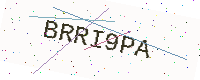
Text: BRRI9PA